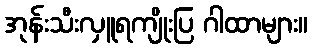
အုန်းသီးလှူရကျိုးပြ ဂါထာများ။